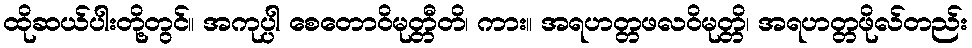
ထိုဆယ်ပါးတို့တွင်။ အကုပ္ပါ စေတောဝိမုတ္တီတိ၊ ကား။ အရဟတ္တဖလဝိမုတ္တိ၊ အရဟတ္တဖိုလ်တည်း